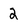
Character: 2